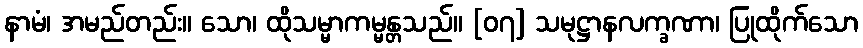
နာမံ၊ အမည်တည်း။ သော၊ ထိုသမ္မာကမ္မန္တသည်။ [၀၇] သမုဋ္ဌာနလက္ခဏာ၊ ပြုထိုက်သော